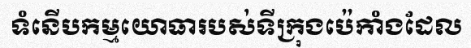
ទំនើបកម្មយោធារបស់ទីក្រុងប៉េកាំងដែល